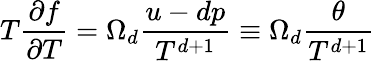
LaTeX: T\frac{\partial f}{\partial T}=\Omega_{d}\frac{u-dp}{T^{d+1}}\equiv\Omega_{d}\frac{\theta}{T^{d+1}}